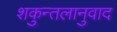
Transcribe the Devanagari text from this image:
शकुन्तलानुवाद